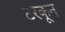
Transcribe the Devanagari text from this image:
टरकून